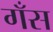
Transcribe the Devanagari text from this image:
गँस